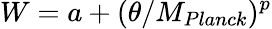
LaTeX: W=a+(\theta/M_{Planck})^{p}